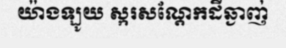
យ៉ាងឡូយ ស្ករសណ្តែកដីឆ្ងាញ់